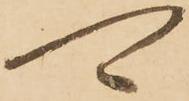
可